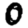
Digit: 0